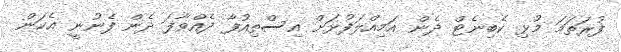
ފުރަތަމަ މުޅި ކެބިނެޓް ދެން އަމިއްލަފުޅަށް އިސްތިއުފާ ދެއްވާފަ ދެން ފެނުނީ އެކަން